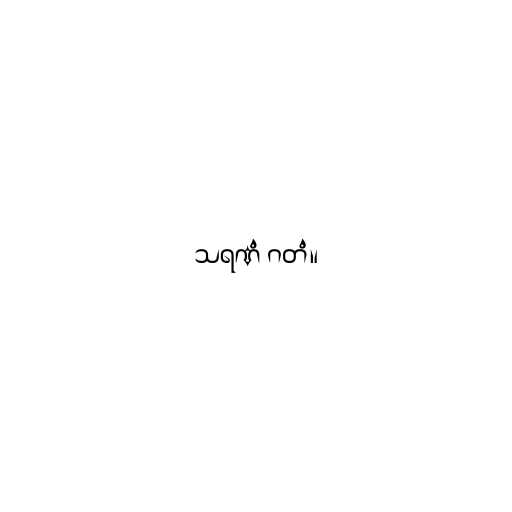
သရဏံ ဂတံ။